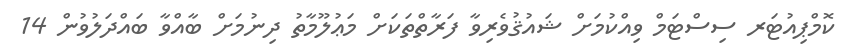
ކޮމްޕިއުޓަރ ސިސްޓަމް ވިއްކުމަށް ޝައުޤުވެރިވާ ފަރާތްތަކަށް މަޢުލޫމާތު ދިނުމަށް ބާއްވާ ބައްދަލުވުން 14